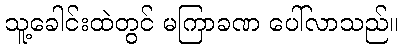
သူ့ခေါင်းထဲတွင် မကြာခဏ ပေါ်လာသည်။